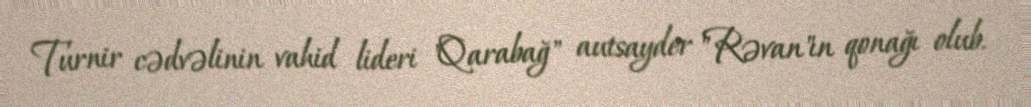
Turnir cədvəlinin vahid lideri "Qarabağ" autsayder "Rəvan"ın qonağı olub.